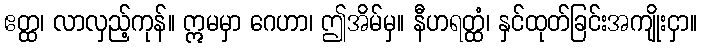
ဧတ္ထ၊ လာလှည့်ကုန်။ ဣမမှာ ဂေဟာ၊ ဤအိမ်မှ။ နီဟရတ္ထံ၊ နှင်ထုတ်ခြင်းအကျိုးငှာ။